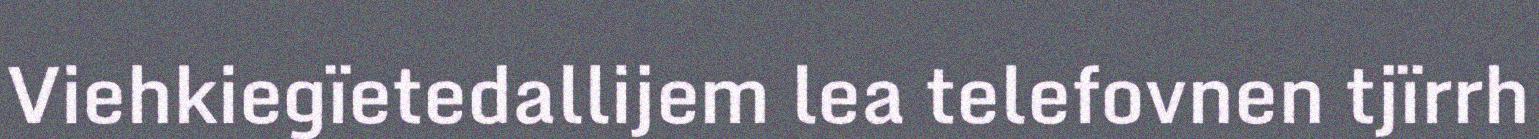
Viehkiegïetedallijem lea telefovnen tjïrrh